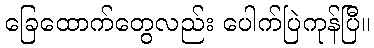
ခြေထောက်တွေလည်း ပေါက်ပြဲကုန်ပြီ။